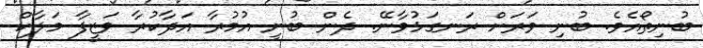
ބުނިތޯއެވެ. ބުނި ވަރަށް ރަނގަޅުވާނޭ. ދެން ބުނީ އުމުރާ އަދާކުރާ ވަޒީފާ މަލާކް